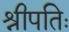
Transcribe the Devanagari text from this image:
श्रीपतिः